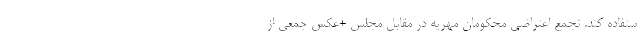
ستفاده کند. تجمع اعتراضی محکومان مهریه در مقابل مجلس +عکس جمعی از